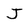
Character: J